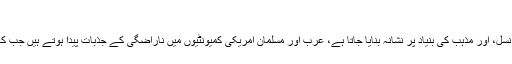
‘‘
Zogby نے یہ انتباہ بھی کیا ہے کہ بہت زیادہ سخت پالیسوں سے جن میں لوگوں کو قومی تشخص، نسل، اور مذہب کی بنیاد پر نشانہ بنایا جاتا ہے، عرب اور مسلمان امریکی کمیونٹیوں میں ناراضگی کے جذبات پیدا ہوتے ہیں جب کہ امریکہ کو دہشت گردی کے خطرے سے بچانے میں ان کا تعاون ضروری ہے۔